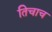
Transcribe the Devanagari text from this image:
तिचाच